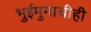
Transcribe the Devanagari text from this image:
भुईमुगाचीही